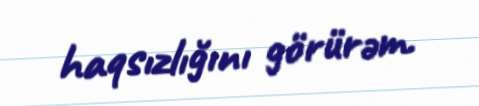
haqsızlığını görürəm.